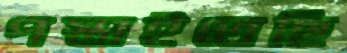
পস্তাইতেছি